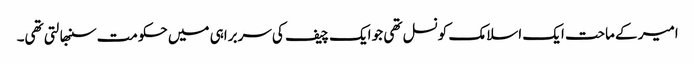
امیر کے ماحت ایک اسلامک کونسل تھی جو ایک چیف کی سربراہی میں حکومت سنبھالتی تھی۔